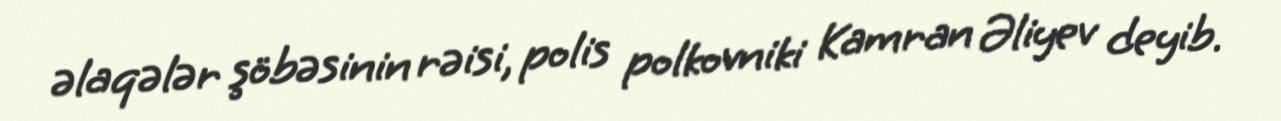
əlaqələr şöbəsinin rəisi, polis polkovniki Kamran Əliyev deyib.